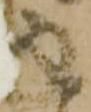
返